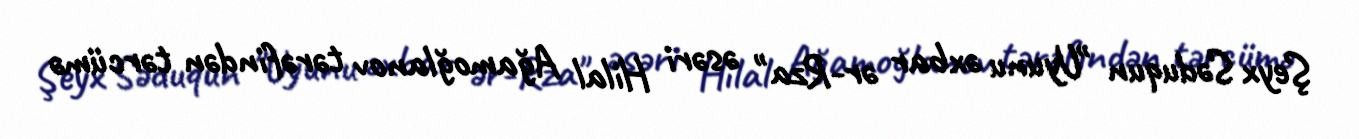
Şeyx Səduqun "Uyunu əxbar ər-Rza" əsəri Hilal Ağamoğlanov tərəfindən tərcümə